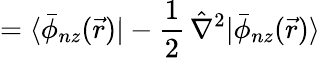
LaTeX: =\langle\bar{\phi}_{nz}(\vec{r})|-\frac{1}{2}\, \hat{\nabla}^{2}|\bar{\phi}_{nz}(\vec{r})\rangle